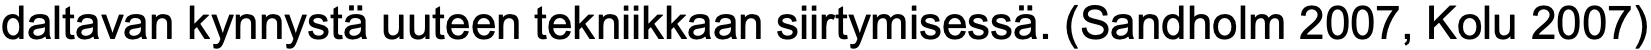
daltavan kynnystä uuteen tekniikkaan siirtymisessä. (Sandholm 2007, Kolu 2007)